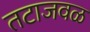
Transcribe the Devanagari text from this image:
तटाजवळ